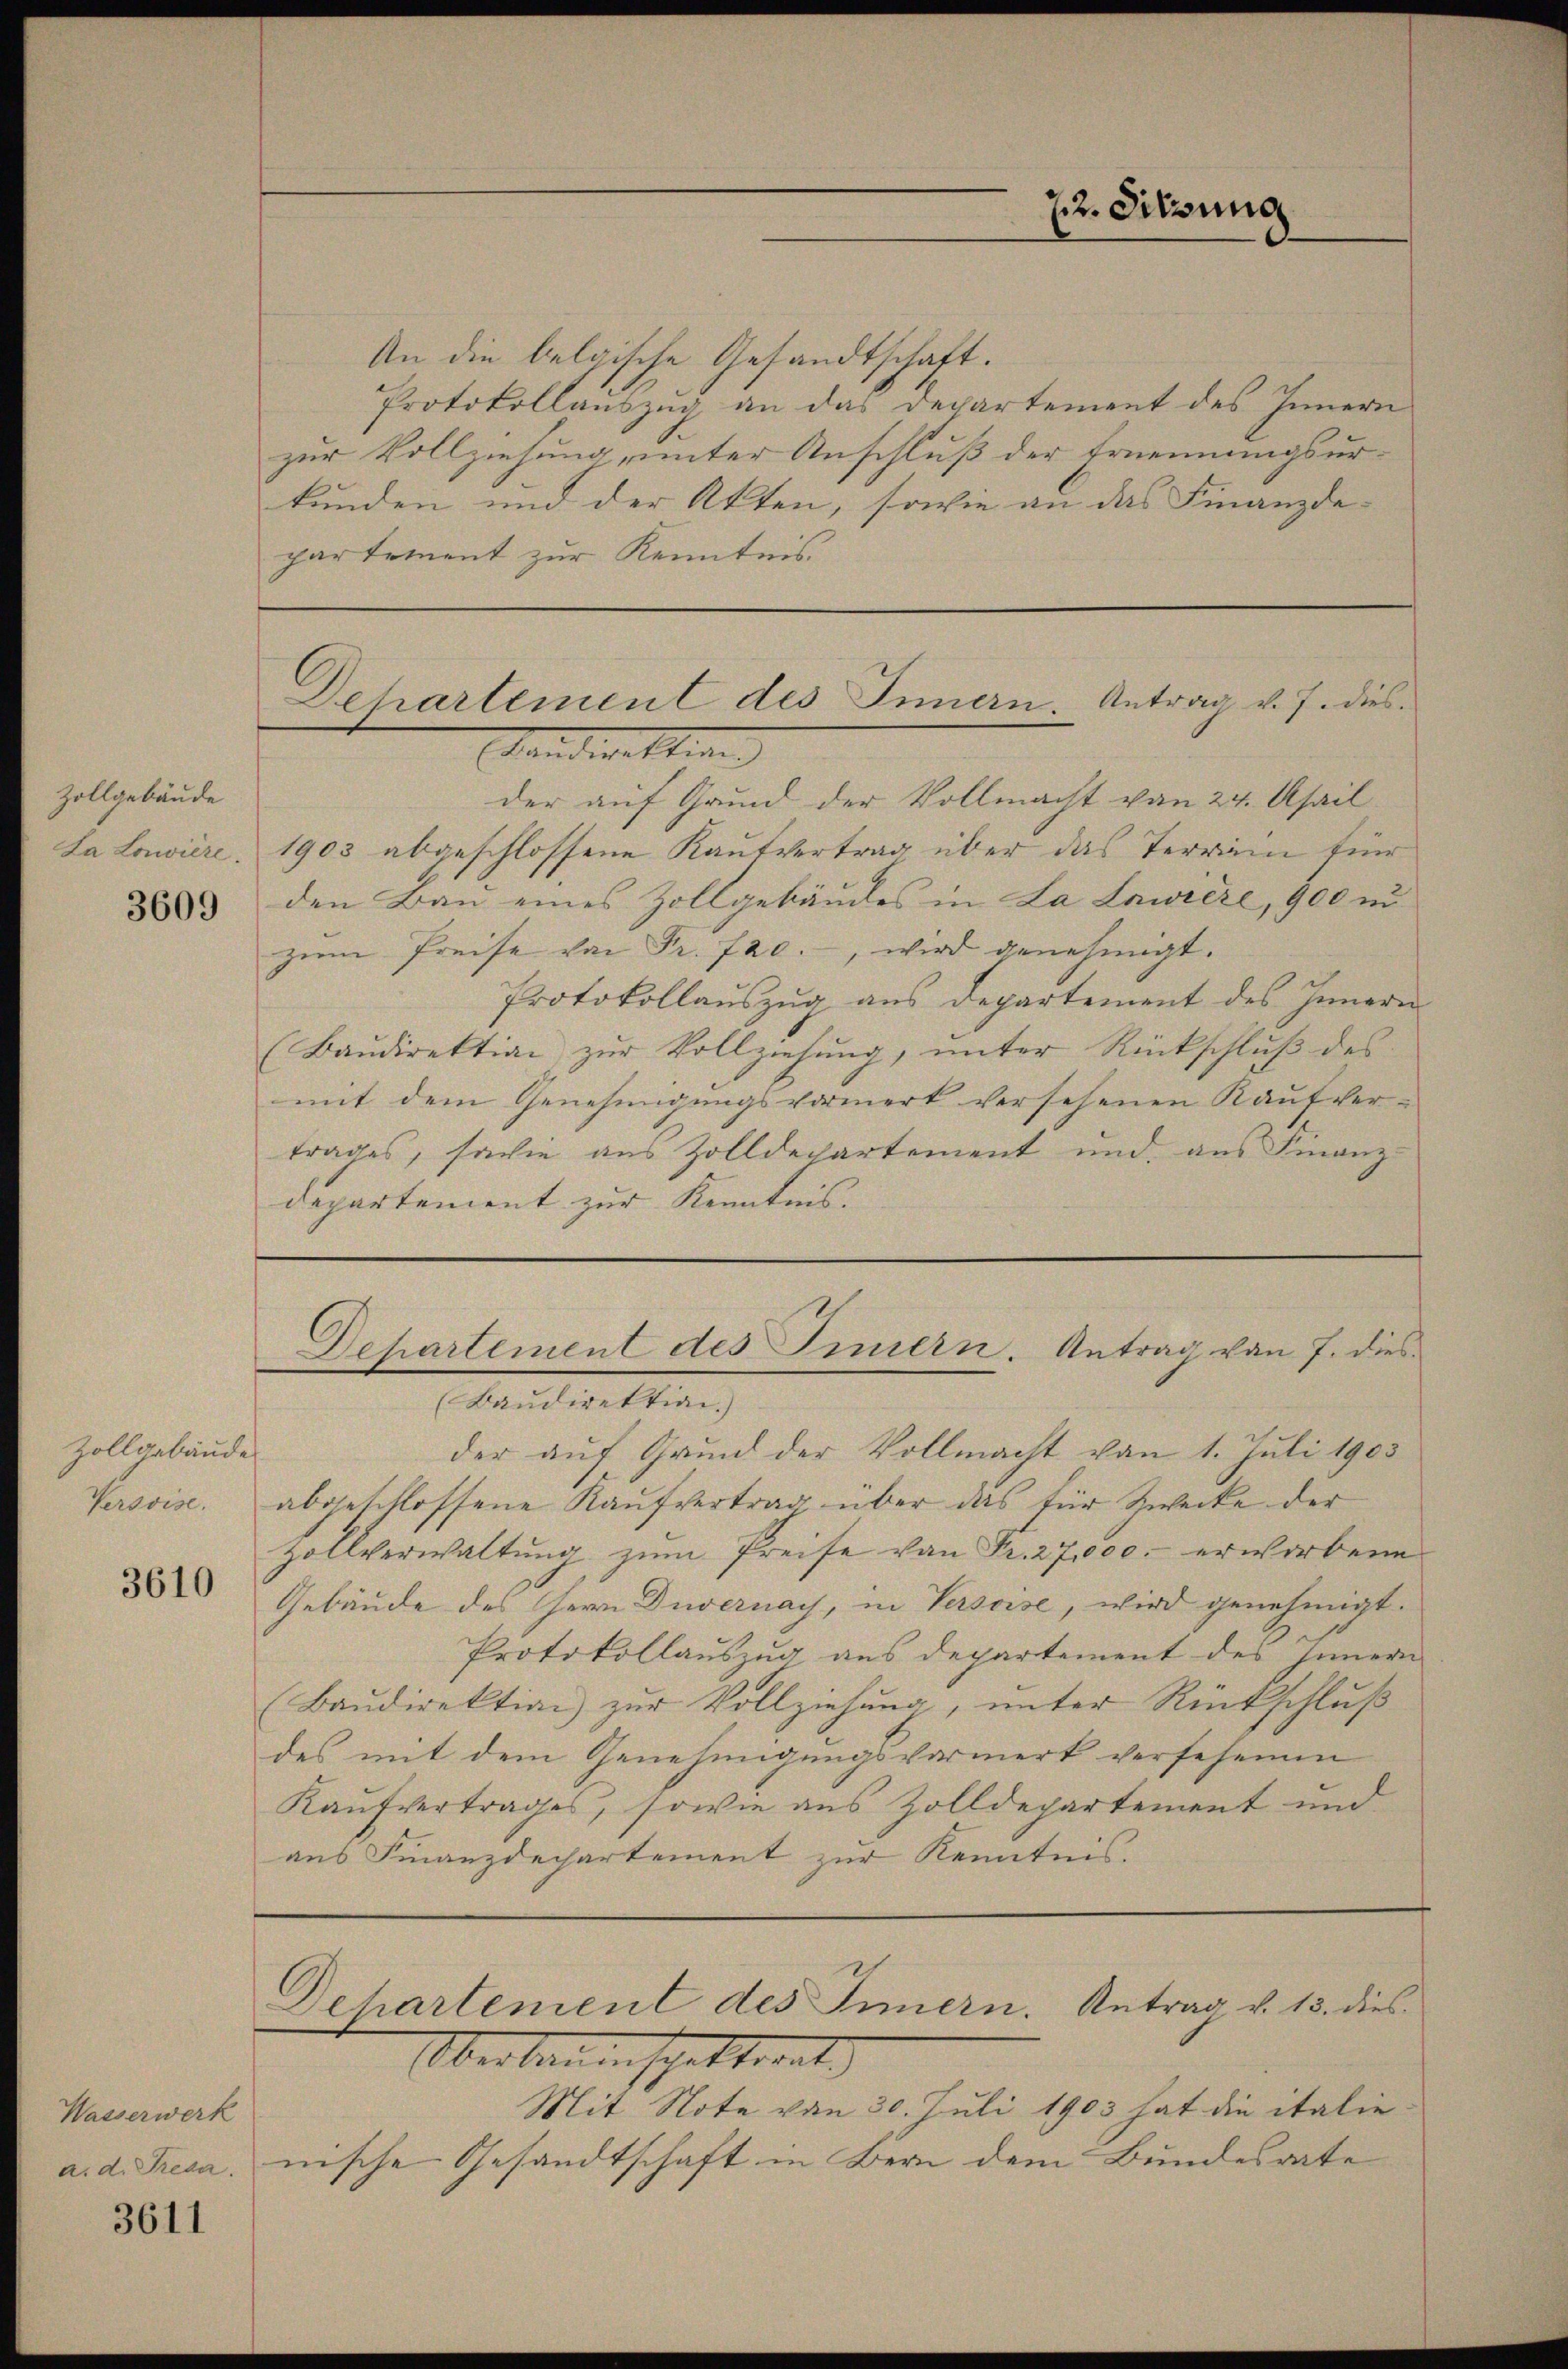
Zollgebäude
La Lovière.

3609

Zollgebäude
Versvise.

3610

Wasserwerk
a. d. Treda.

3611

An die belgische Gesandtschaft.
Protokollauszug an das Departement des Innern
zur Vollziehung, unter Anschluß der Ernennungsurkunden und der Akten, sowie an das Finanzde-
partement zur Kenntnis.

22. Sitzung

der auf Grund der Vollmacht von 24. April
1903 abgeschlossene Kaufvertrag über das Terrain für
den Bau eines Zollgebäudes in La Lawière, 900 un
zum Preise von Fr. 720., wird genehmigt.
Protokollaŭszŭg aŭs departement des Innern
(Baŭdirektion zŭr Vollziehŭng ŭnter Rückschlŭβ des
mit dem Genehmigungsvormerk versehenen Kaufvertrages, sowie aus Zolldepartement und aus Finanz-
departement zur Kenntnis. |

Dehartement des Innern. Antrag v. J. dies
Sandirektion

Departement des Innern. Antrag von 7. dies

(Baudirektion)
der auf Grund der Vollmacht von 1. Juli 1905
abgeschlossene Kaufvertrag über das für Zwecke der
Zollverwaltŭng zŭm Preise von Fr. 27,000. erworbene
Gebäude des Herrn Duvernay, in Versoise, wird genehmigt.
Protokollauszug aus Departement des Innern
Baŭdirektion zŭr Vollziehŭng ŭnter Rückschlŭβ
des mit dem Genehmigungsvermerk versehenen
Kaufvertrages, sowie aus Zolldepartement und
aus Finanzdechartement zur Kenntnis.

Dehartement des Innern. Antrag v. 13. dies
Obertrauenspattroat.

Mit Note von 30. Juli 1903 hat die italie
nische Gesandtschaft in Bern dem Bundesrate